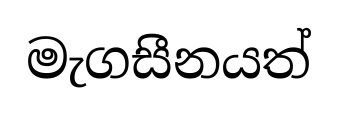
මැගසීනයත්